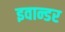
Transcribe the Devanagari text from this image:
इवान्डर